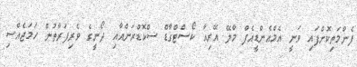
ފެންމަތިކޮށްފައި ވަނީ އެމްއެންޑީއެފް މާލޭ އޭރިއާ ކޯސްޓްގާޑް ސްކޮޑްރަންއާއި ދޯނީގެ ވެރިފަރާތުން ހަމަޖެއްސި